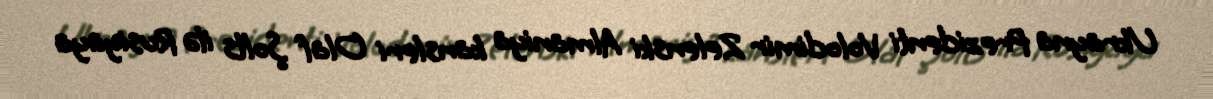
Ukrayna Prezidenti Volodimir Zelenski Almaniya kansleri Olaf Şolts ilə Rusiyaya